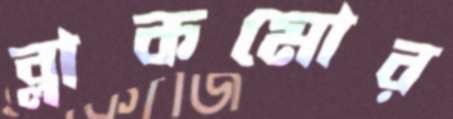
ব্লাকমোর